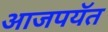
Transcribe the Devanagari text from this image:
आजपयॅत